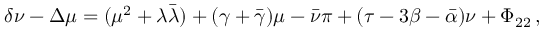
\delta \nu - \Delta \mu = ( \mu ^ { 2 } + \lambda { \bar { \lambda } } ) + ( \gamma + { \bar { \gamma } } ) \mu - { \bar { \nu } } \pi + ( \tau - 3 \beta - { \bar { \alpha } } ) \nu + \Phi _ { 2 2 } \, ,